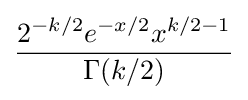
{\frac {2^{-k/2}e^{-x/2}x^{k/2-1}}{\Gamma (k/2)}}